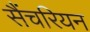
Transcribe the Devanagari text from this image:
सैंचरियन